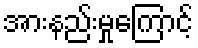
အားနည်းမှုကြောင့်